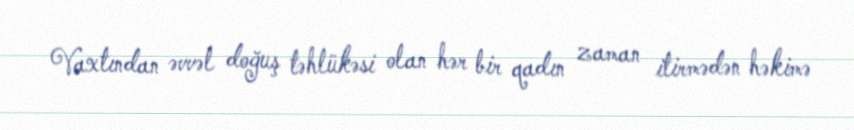
Vaxtından əvvəl doğuş təhlükəsi olan hər bir qadın zaman itirmədən həkimə